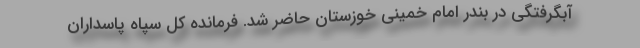
آبگرفتگی در بندر امام خمینی خوزستان حاضر شد. فرمانده کل سپاه پاسداران